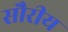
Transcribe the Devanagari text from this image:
सौरीय